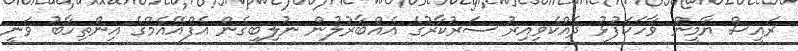
ރައީސް ޔާމީން ވާހަކަފުޅު ދެއްކެވިއިރު ސަރުކާރުގެ އެއްބާރުލުން ނުލިބިގެން އެފްއޭއެމްގެ އިންތިހާބު ވަނީ